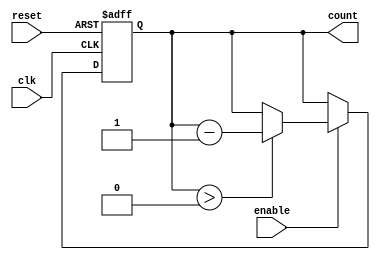
module binary_down_counter (
    input wire clk,          // Clock input
    input wire reset,        // Asynchronous reset input
    input wire enable,       // Count enable input
    output reg [N-1:0] count // Output count value
);
    parameter N = 4; // Number of bits for the counter (change as needed)

    // Initial value for the counter
    parameter INITIAL_VALUE = (1 << N) - 1; // Maximum value for N bits (2^N - 1)

    // Asynchronous reset and synchronous counting
    always @(posedge clk or posedge reset) begin
        if (reset) begin
            count <= INITIAL_VALUE; // Reset to initial value
        end else if (enable) begin
            if (count > 0) begin
                count <= count - 1; // Decrement the count
            end
        end
    end

    // Initialize count to maximum value
    initial begin
        count = INITIAL_VALUE;
    end
endmodule